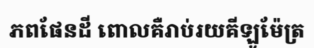
ភពផែនដី ពោលគឺរាប់រយគីឡូម៉ែត្រ